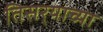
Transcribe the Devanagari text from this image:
तिसर्‍याच्या